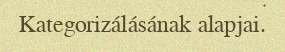
Kategorizálásának alapjai.